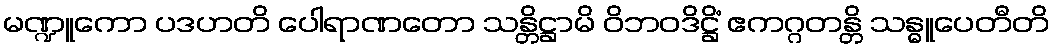
မဏ္ဍူကော ပဒဟတိ ပေါရာဏတော သန္တိဋ္ဌာမိ ဝိဘဝဒိဋ္ဌိံ ဧကဂ္ဂတန္တိ သန္ဓူပေတီတိ